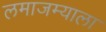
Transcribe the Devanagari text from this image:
लमाजम्याला